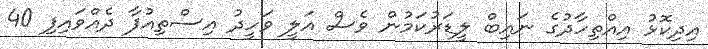
އިދިކޮޅު އިއްތިހާދުގެ ނައިބް ލީޑަރުކަމުން ވެސް އަލީ ވަހީދު އިސްތިއުފާ ދެއްވައިފި 40